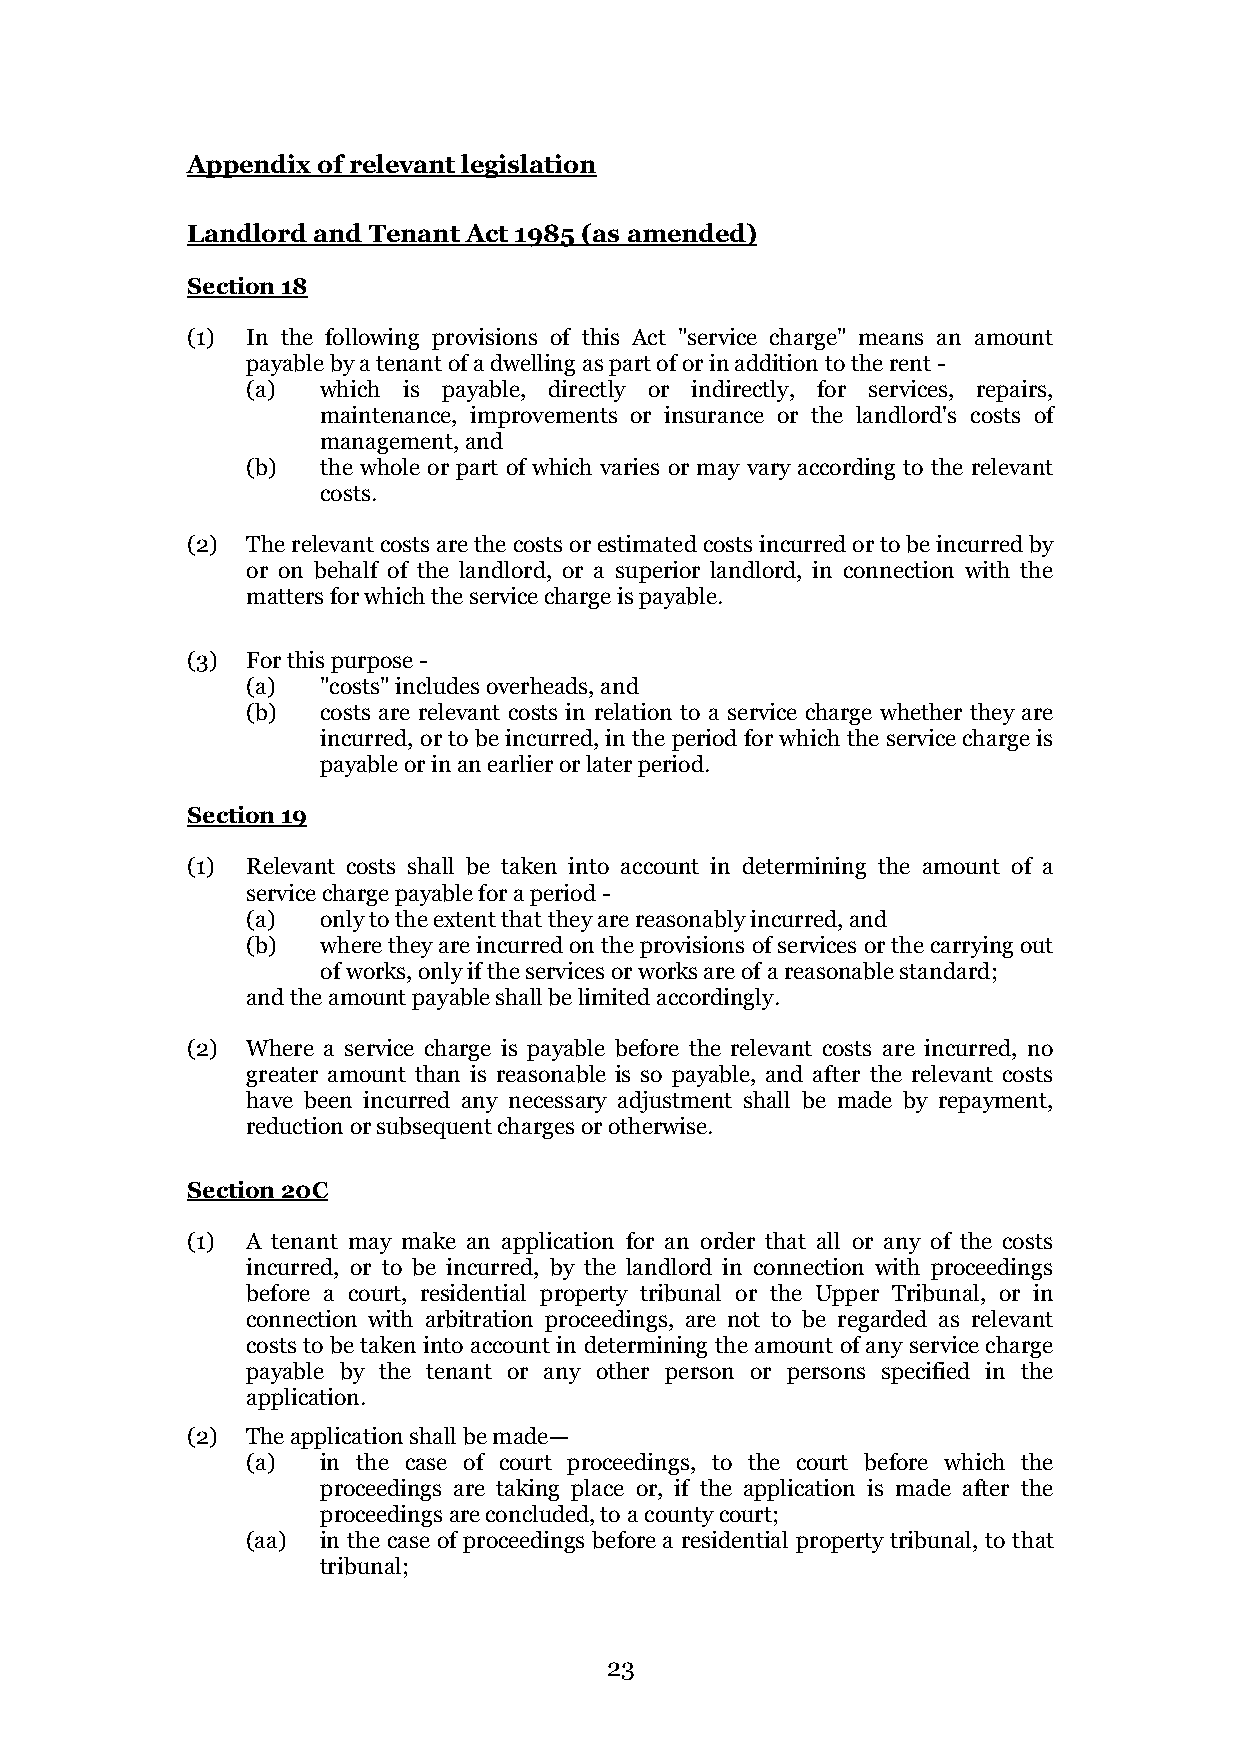
Appendix of relevant legislation
 Landlord and Tenant Act 1985 (as amended)
 Section 18
 (1) In the following provisions of this Act "service charge" means an amount
 payable by a tenant of a dwelling as part of or in addition to the rent -
 (a)  which is payable, directly or indirectly, for services, repairs,
 maintenance, improvements or insurance or the landlord's costs of
 management, and
 (b)  the whole or part of which varies or may vary according to the relevant
 costs.
 (2) The relevant costs are the costs or estimated costs incurred or to be incurred by
 or on behalf of the landlord, or a superior landlord, in connection with the
 matters for which the service charge is payable.
 (3) For this purpose -
 (a)  "costs" includes overheads, and
 (b)  costs are relevant costs in relation to a service charge whether they are
 incurred, or to be incurred, in the period for which the service charge is
 payable or in an earlier or later period.
 Section 19
 (1) Relevant costs shall be taken into account in determining the amount of a
 service charge payable for a period -
 (a)  only to the extent that they are reasonably incurred, and
 (b)  where they are incurred on the provisions of services or the carrying out
 of works, only if the services or works are of a reasonable standard;
 and the amount payable shall be limited accordingly.
 (2) Where a service charge is payable before the relevant costs are incurred, no
 greater amount than is reasonable is so payable, and after the relevant costs
 have been incurred any necessary adjustment shall be made by repayment,
 reduction or subsequent charges or otherwise.
 Section 20C
 (1) A tenant may make an application for an order that all or any of the costs
 incurred, or to be incurred, by the landlord in connection with proceedings
 before a court, residential property tribunal or the Upper Tribunal, or in
 connection with arbitration proceedings, are not to be regarded as relevant
 costs to be taken into account in determining the amount of any service charge
 payable by the tenant or any other person or persons specified in the
 application.
 (2) The application shall be made—
 (a)  in the case of court proceedings, to the court before which the
 proceedings are taking place or, if the application is made after the
 proceedings are concluded, to a county court;
 (aa) in the case of proceedings before a residential property tribunal, to that
 tribunal;
 23